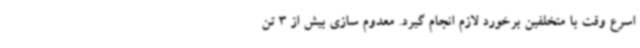
اسرع وقت با متخلفین برخورد لازم انجام گیرد. معدوم سازی بیش از 3 تن